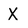
Character: x